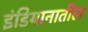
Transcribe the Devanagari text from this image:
इंडियानातील